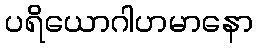
ပရိယောဂါဟမာနော